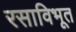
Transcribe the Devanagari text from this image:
रसाविभूत